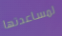
لمساعدتها